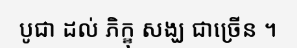
បូជា ដល់ ភិក្ខុ សង្ឃ ជាច្រើន ។